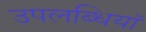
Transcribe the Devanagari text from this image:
उपलब्धियॉ